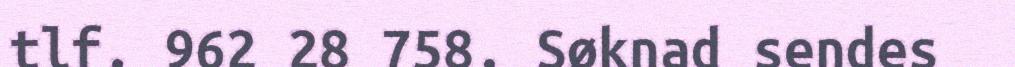
tlf. 962 28 758. Søknad sendes